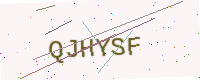
Text: QJHYSF